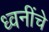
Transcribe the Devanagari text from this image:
ध्वनींचे